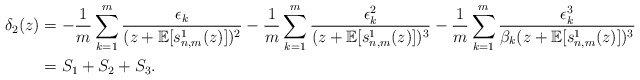
\begin{align*} \delta_2(z)&= - \frac{1}{m}\sum_{k=1}^{m} \frac{\epsilon_k}{(z+ \mathbb{E}[s_{n,m}^{1}(z)])^2} - \frac{1}{m}\sum_{k=1}^{m} \frac{\epsilon_k^2}{(z+ \mathbb{E}[s_{n,m}^{1}(z)])^3} - \frac{1}{m}\sum_{k=1}^{m} \frac{\epsilon_k^3}{ \beta_k (z+ \mathbb{E}[s_{n,m}^{1}(z)])^3} \\ & = S_1 + S_2 + S_3. \end{align*}